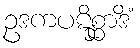
ဥဒကပဋိစ္ဆာဒိံ